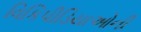
વિકિપીડિયાઓની